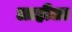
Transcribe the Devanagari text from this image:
लाहीला